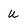
Character: u